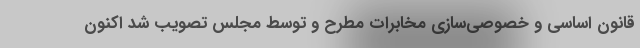
قانون اساسی و خصوصی‌سازی مخابرات مطرح و توسط مجلس تصویب شد اکنون